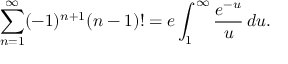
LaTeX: \sum _ { n = 1 } ^ { \infty } ( - 1 ) ^ { n + 1 } ( n - 1 ) ! = e \int _ { 1 } ^ { \infty } { \frac { e ^ { - u } } { u } } \, d u .